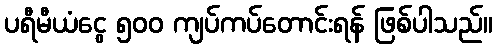
ပရီမီယံငွေ ၅၀၀ ကျပ်ကပ်တောင်းရန် ဖြစ်ပါသည်။